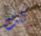
كنت